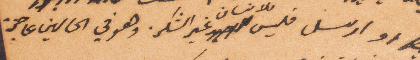
او ارسل فليس للإنسان غير الشكر. وهو في الحالين على حزم